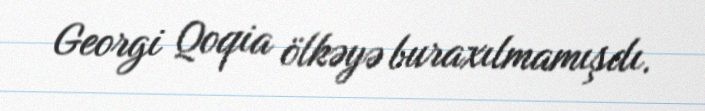
Georgi Qoqia ölkəyə buraxılmamışdı.